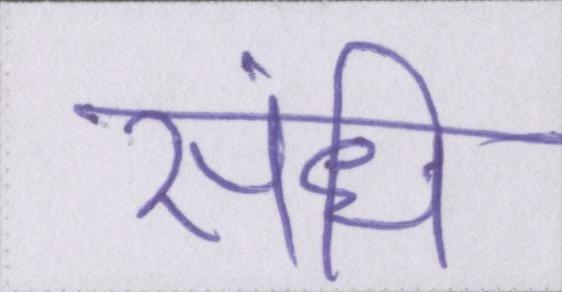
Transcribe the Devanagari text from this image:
संधि